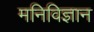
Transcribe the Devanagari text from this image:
मनिविज्ञान